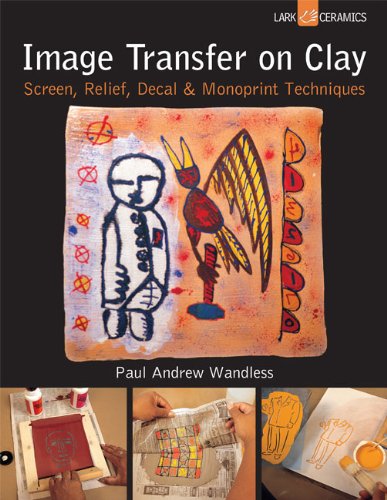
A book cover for Image Transfer on Clay: Screen, Relief, Decal & Monoprint Techniques (A Lark Ceramics Book); Paul Andrew Wandless; Crafts, Hobbies & Home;